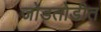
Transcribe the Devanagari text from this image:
जोडतोडीत